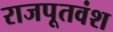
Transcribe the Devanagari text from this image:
राजपूतवंश